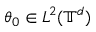
\theta _ { 0 } \in L ^ { 2 } ( \ensuremath { \mathbb { T } } ^ { d } )